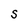
Character: S